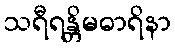
သရီရန္တိမဓာရိနာ